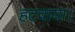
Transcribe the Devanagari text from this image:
हटवाया।